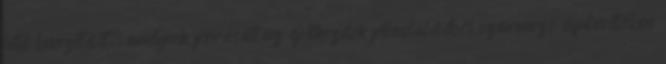
hitel bevezetését, amelynek forrását az építkezések fellendüléséből származó áfabevételben